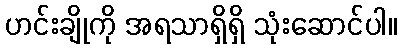
ဟင်းချိုကို အရသာရှိရှိ သုံးဆောင်ပါ။